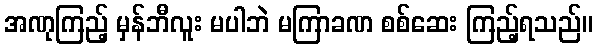
အဏုကြည့် မှန်ဘီလူး မပါဘဲ မကြာခဏ စစ်ဆေး ကြည့်ရသည်။